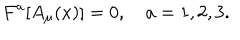
F ^ { a } [ A _ { \mu } ( x ) ] = 0 , \quad { a } = 1 , 2 , 3 .